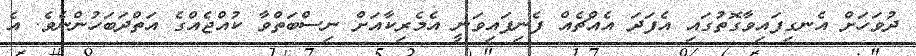
ދުވަހަށް އެނގިފައިވާގޮތުގައި އެފަދަ އެއްޗެއް ފެނިފައިވަނީ އެމެރިކާއަށް ނިސްބަތްވާ ކުއްޖެއްގެ އަތްދަބަހުންނެވެ. އެ